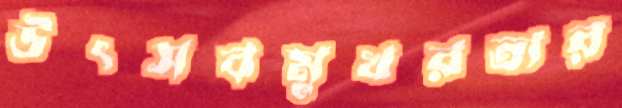
উৎসবমুখরতার